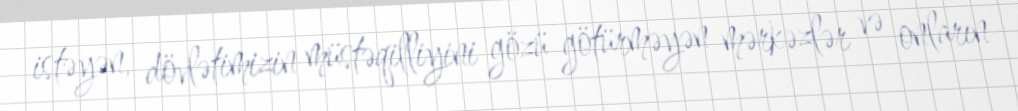
istəyən, dövlətimizin müstəqilliyini gözü götürməyən mərkəzlər və onların